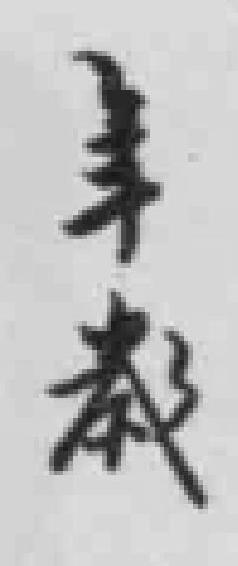
年嵗